NAE_ERA_R-1590_ENSV_Riiklik_Televisiooni-_ja_Raadiokomitee, lk 2
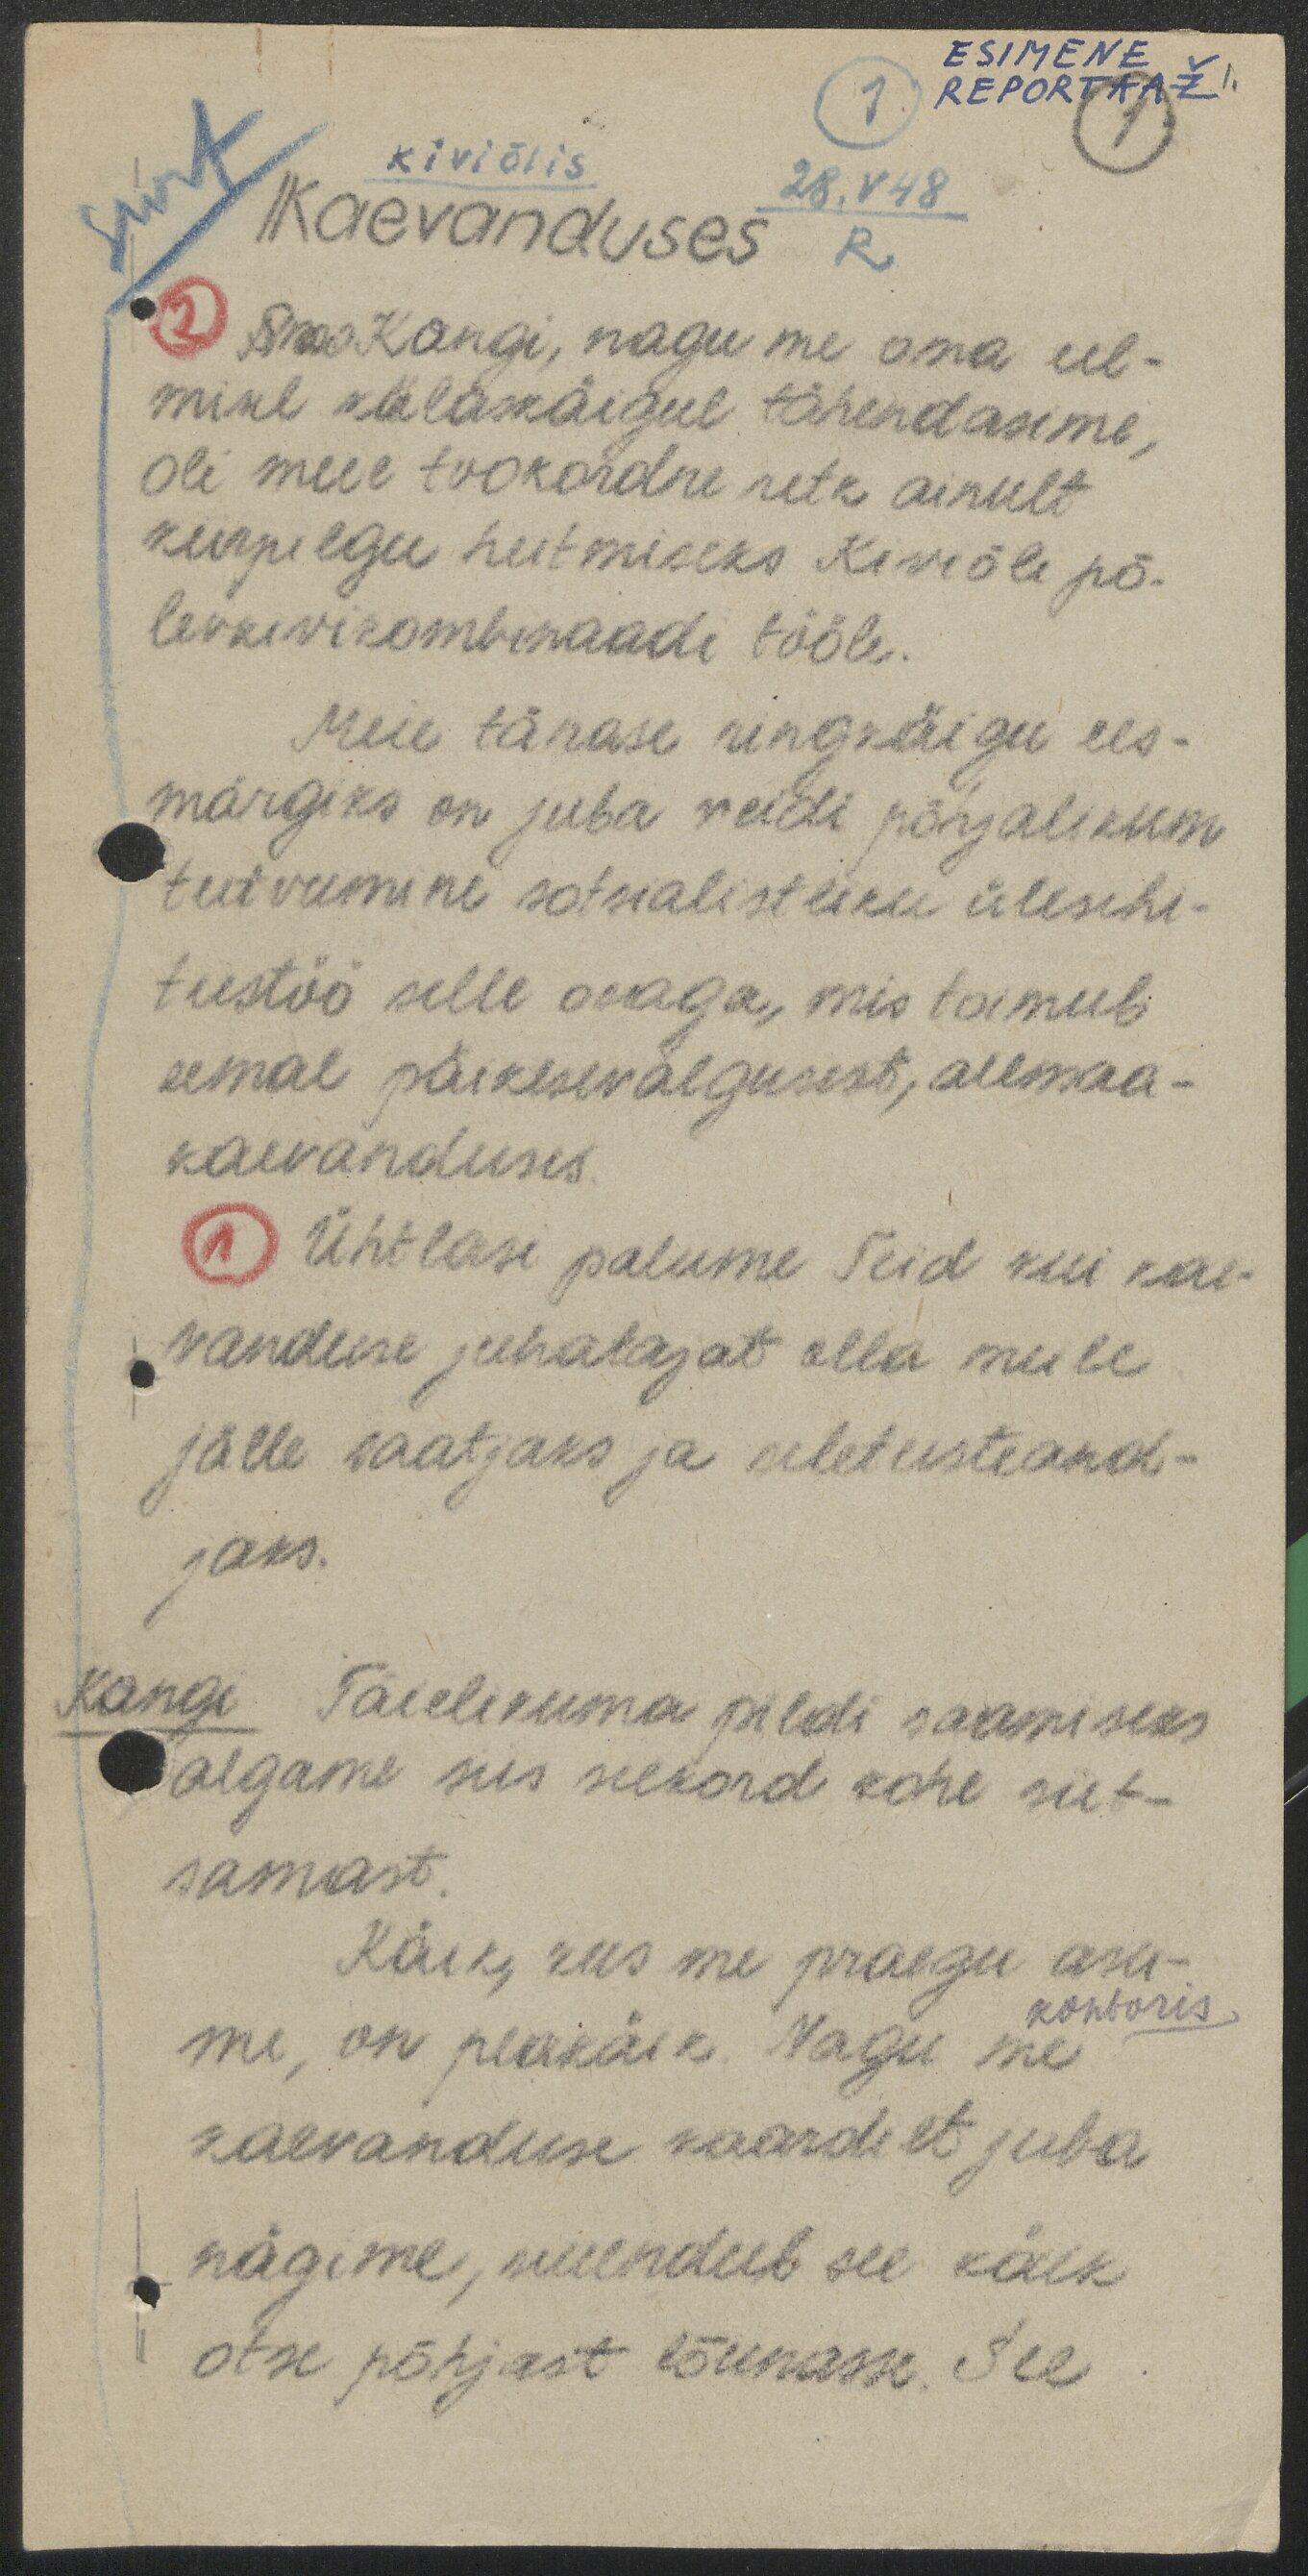
ESIMENE
REPORTAAŽ
1.
1.
kiviõlis
28.V 48
Kaevanduses
2 Sms Kongi, nagu me oma eel-
misel külaskäigul tähendasime,
oli meie tookordne retk ainult
kiirpilgu heitmiseks Kiviõli põ-
levkivikombinaadi tööle.
Meie tänase ringkäigu ees-
märgiks on juba veidi põhjalikum
tutvumine sotsialistliku ülesehi-
tustöö selle osaga, mis toimub
eemal päikesevalgusest, allmaa-
kaevanduses.
1 Ühtlasi palume Teid kui kae-
vanduse juhatajat olla meile
jälle saatjaks ja seletusteand-
jaks.
Kongi Täielikuma pildi saamiseks
algame siis seekord kohe siit-
samast.
Käik, kus me praegu asu-
kontoris
me, on peakäik. Nagu me
kaevanduse kaardilt juba
nägime, suundub see käik
otse põhjast lõunasse. See